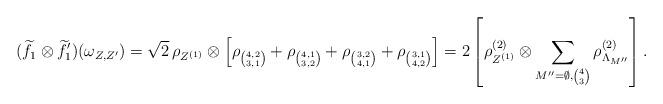
LaTeX: \begin{align*}(\widetilde f_1\otimes\widetilde f'_1)(\omega_{Z,Z'})= \sqrt 2\,\rho_{Z^{(1)}}\otimes\left[\rho_{\binom{4,2}{3,1}}+\rho_{\binom{4,1}{3,2}}+\rho_{\binom{3,2}{4,1}}+\rho_{\binom{3,1}{4,2}}\right]= 2\left[\rho^{(2)}_{Z^{(1)}}\otimes\sum_{M''=\emptyset,\binom{4}{3}}\rho^{(2)}_{\Lambda_{M''}} \right].\end{align*}